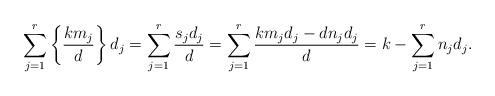
LaTeX: \begin{align*}\sum_{j=1}^r\left\{\frac{km_j}{d}\right\}d_j=\sum_{j=1}^r\frac{s_jd_j}{d}=\sum_{j=1}^r\frac{km_jd_j-dn_jd_j}{d}=k-\sum_{j=1}^rn_jd_j.\end{align*}